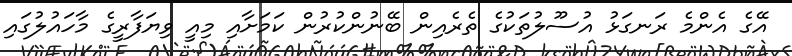
އޭގެ އެންމެ ރަނގަޅު އުސޫލުތަކުގެ ތެރެއިން ބޭނުންކުރުން ކަމަށާއި މިއީ ވިޔަފާރީގެ މާހައުލުގައި